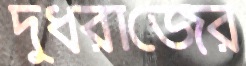
দুধরাজের